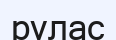
рулас